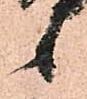
候